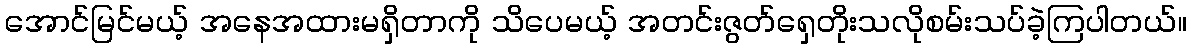
အောင်မြင်မယ့် အနေအထားမရှိတာကို သိပေမယ့် အတင်းဇွတ်ရှေတိုးသလိုစမ်းသပ်ခဲ့ကြပါတယ်။